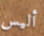
أليس